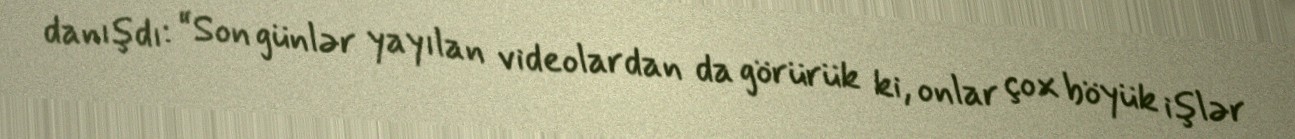
danışdı: “Son günlər yayılan videolardan da görürük ki, onlar çox böyük işlər